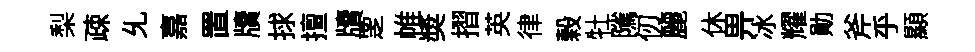
梨疎𠃔嘉置牘捄擅牘覂帷奬摺英律榖牡隲仞麗休畀冰耀勛斧乎顯